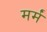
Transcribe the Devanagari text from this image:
मर्मं